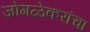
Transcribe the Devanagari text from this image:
जोगळेकरांचा